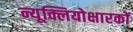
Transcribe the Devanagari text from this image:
न्यूक्लियोक्षारकों